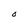
Character: O